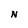
Character: N